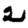
Digit: 2